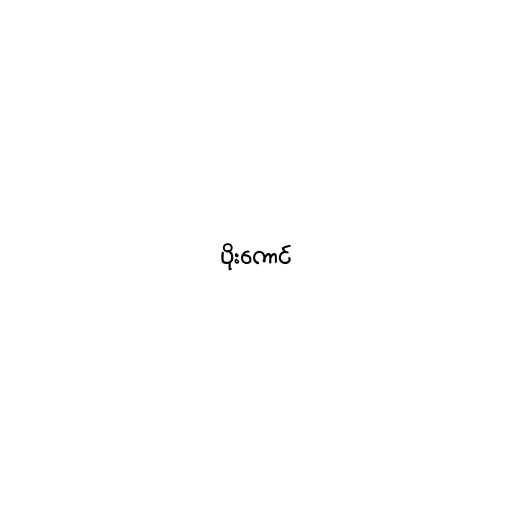
ပိုးကောင်